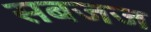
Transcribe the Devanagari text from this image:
सबजज